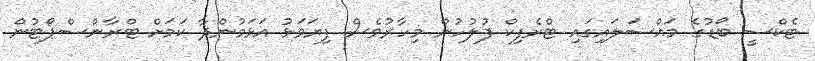
ޓެކްސީ ބޯޑުގެ މައްސަލައިގައި ޓްރެފިކް ފުލުހުން މިހާރުވެސް ފިޔަވަޅު އަޅަމުންދާ ކަމަށް ޓްރާންސްޕޯޓުން